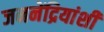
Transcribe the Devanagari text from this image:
जननेंद्रियांशी